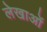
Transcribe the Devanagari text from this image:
लेखाओं